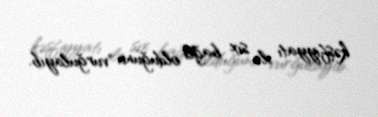
kəşfiyyatı ilə sıx bağlı olduğunu vurğulayıb.